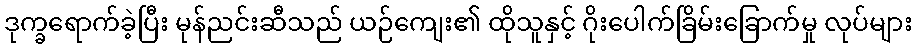
ဒုက္ခရောက်ခဲ့ပြီး မုန်ညင်းဆီသည် ယဉ်ကျေး၏ ထိုသူနှင့် ဂိုးပေါက်ခြိမ်းခြောက်မှု လုပ်များ